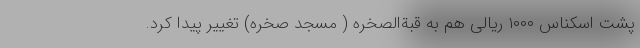
پشت اسکناس ۱۰۰۰ ریالی هم به قبةالصخره ( مسجد صخره) تغییر پیدا کرد.